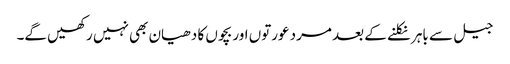
جیل سے باہر نکلنے کے بعد مرد عورتوں اور بچوں کا دھیان بھی نہیں رکھیں گے۔